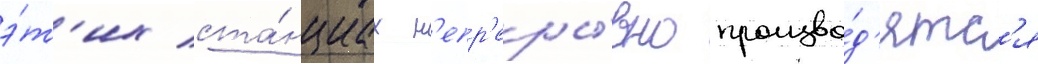
э́т'их ста́нциах н'епр'еры́вно произво́д'ятс'я